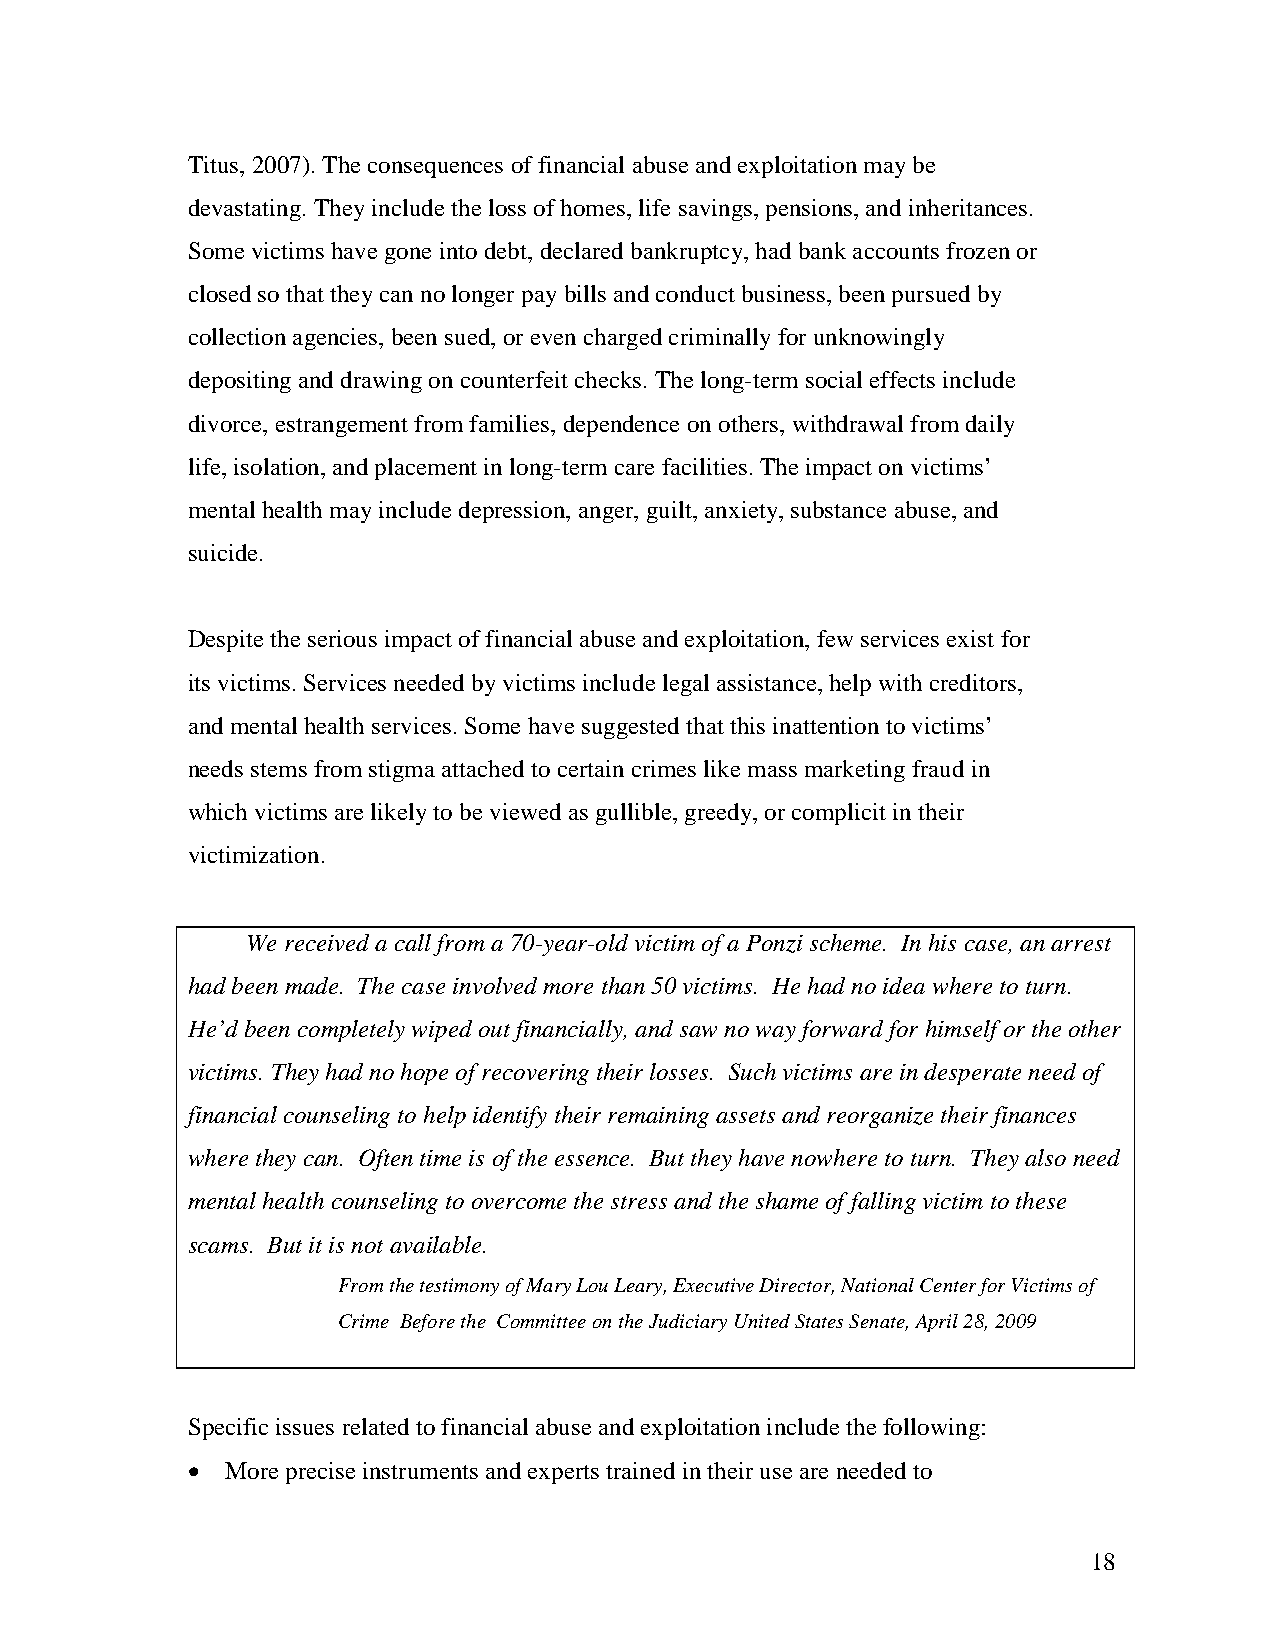
Titus, 2007). The consequences of financial abuse and exploitation may be
 devastating. They include the loss of homes, life savings, pensions, and inheritances.
 Some victims have gone into debt, declared bankruptcy, had bank accounts frozen or
 closed so that they can no longer pay bills and conduct business, been pursued by
 collection agencies, been sued, or even charged criminally for unknowingly
 depositing and drawing on counterfeit checks. The long-term social effects include
 divorce, estrangement from families, dependence on others, withdrawal from daily
 life, isolation, and placement in long-term care facilities. The impact on victims’
 mental health may include depression, anger, guilt, anxiety, substance abuse, and
 suicide.
 Despite the serious impact of financial abuse and exploitation, few services exist for
 its victims. Services needed by victims include legal assistance, help with creditors,
 and mental health services. Some have suggested that this inattention to victims’
 needs stems from stigma attached to certain crimes like mass marketing fraud in
 which victims are likely to be viewed as gullible, greedy, or complicit in their
 victimization.
 We received a call from a 70-year-old victim of a Ponzi scheme. In his case, an arrest
 had been made. The case involved more than 50 victims. He had no idea where to turn.
 He’d been completely wiped out financially, and saw no way forward for himself or the other
 victims. They had no hope of recovering their losses. Such victims are in desperate need of
 financial counseling to help identify their remaining assets and reorganize their finances
 where they can. Often time is of the essence. But they have nowhere to turn. They also need
 mental health counseling to overcome the stress and the shame of falling victim to these
 scams. But it is not available.
 From the testimony of Mary Lou Leary, Executive Director, National Center for Victims of
 Crime Before the Committee on the Judiciary United States Senate, April 28, 2009
 Specific issues related to financial abuse and exploitation include the following:
 •  More precise instruments and experts trained in their use are needed to
 18